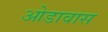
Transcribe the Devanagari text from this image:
ओडावास